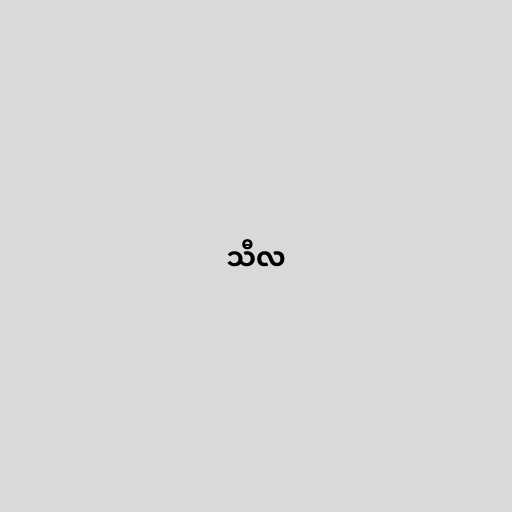
သီလ